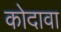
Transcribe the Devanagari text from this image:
कोदावा